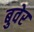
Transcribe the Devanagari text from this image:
बुवेर